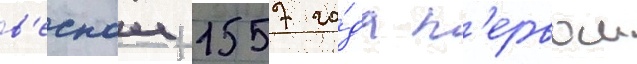
в'еснои 1557 го́да п'ервои